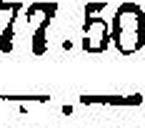
—.—